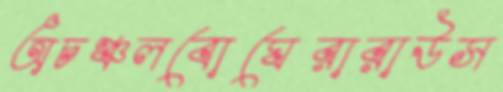
অচঞ্চলবোঘেরারাউস